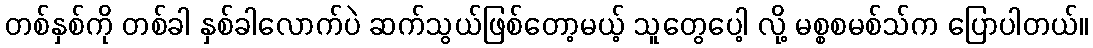
တစ်နှစ်ကို တစ်ခါ နှစ်ခါလောက်ပဲ ဆက်သွယ်ဖြစ်တော့မယ့် သူတွေပေါ့ လို့ မစ္စစမစ်သ်က ပြောပါတယ်။